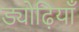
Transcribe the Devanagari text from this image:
ड्योढ़ियाँ